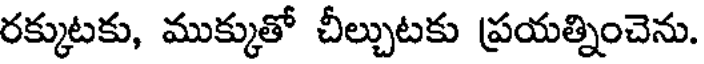
రక్కుటకు, ముక్కుతో చీల్చుటకు ప్రయత్నించెను.